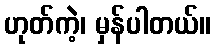
ဟုတ်ကဲ့၊ မှန်ပါတယ်။